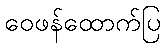
ဝေဖန်ထောက်ပြ